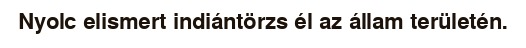
Nyolc elismert indiántörzs él az állam területén.